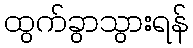
ထွက်ခွာသွားရန်